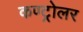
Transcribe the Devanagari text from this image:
कण्ट्रोलर